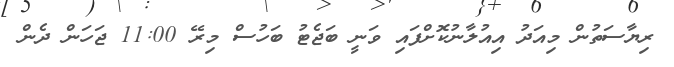
ރިޔާސަތުން މިއަދު އިއުލާނުކޮށްފައި ވަނީ ބަޖެޓު ބަހުސް މިރޭ 11:00 ޖަހަން ދެން